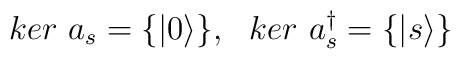
ker\ a_{s} = \{ |0\rangle\}, \ \ ker\ a_{s}^{\dagger} = \{ |s\rangle\}